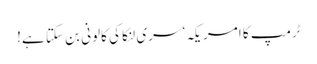
ٹرمپ کا امریکہ‘ سری لنکا کی کالونی بن سکتا ہے!